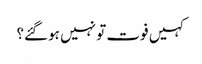
کہیں فوت تو نہیں ہوگئے؟